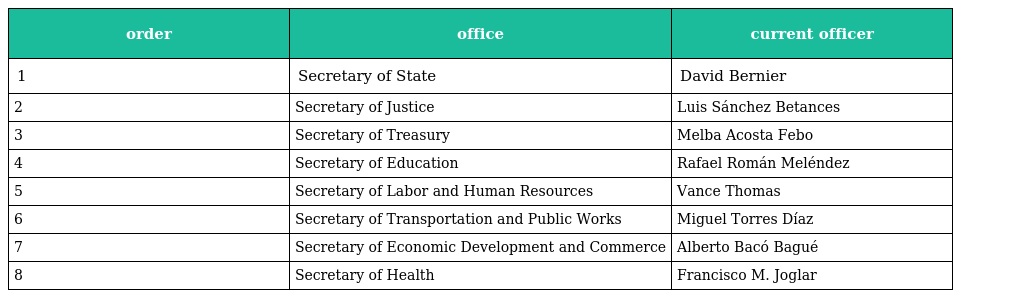
| order | office | current officer |
 | --- | --- | --- |
 | 1 | Secretary of State | David Bernier |
 | 2 | Secretary of Justice | Luis Sánchez Betances |
 | 3 | Secretary of Treasury | Melba Acosta Febo |
 | 4 | Secretary of Education | Rafael Román Meléndez |
 | 5 | Secretary of Labor and Human Resources | Vance Thomas |
 | 6 | Secretary of Transportation and Public Works | Miguel Torres Díaz |
 | 7 | Secretary of Economic Development and Commerce | Alberto Bacó Bagué |
 | 8 | Secretary of Health | Francisco M. Joglar |